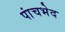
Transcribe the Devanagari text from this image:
पांचभेद